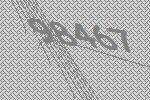
98467